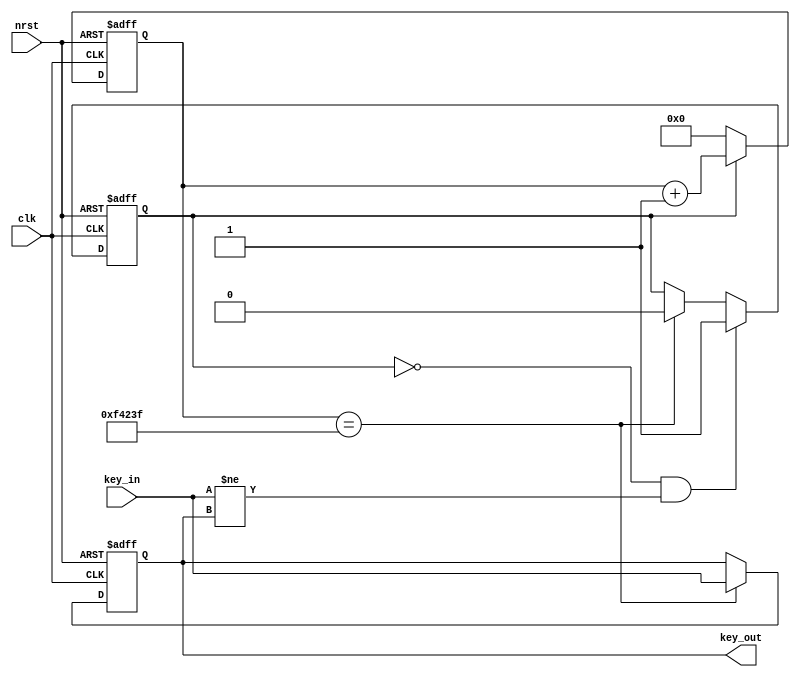
module debounce(clk, nrst,key_in,key_out);
	 input clk, nrst;
    input key_in;
    output reg key_out;
	 

    localparam TIME_20MS = 1_000_000; 

    //
    reg [20:0] cnt=0;
    reg key_cnt=0;
    
    // 
    always @(posedge clk or negedge nrst) begin
        if(nrst == 0)
            key_out <= 0;
        //20mskey_inkey_out
        else if(cnt == TIME_20MS - 1)
            key_out <= key_in;
    end

    //0
    always @(posedge clk or negedge nrst) begin
        if(nrst == 0)
            cnt <= 0;
        else if(key_cnt)
            cnt <= cnt + 1'b1;
        else
            cnt <= 0; 
    end
     
     always @(posedge clk or negedge nrst) begin
            if(nrst == 0)
                key_cnt <= 0;
            else if(key_cnt == 0 && key_in != key_out)
                key_cnt <= 1;
            else if(cnt == TIME_20MS - 1)
                key_cnt <= 0;
     end
endmodule